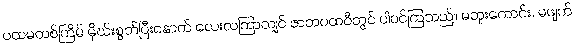
ပထမတစ်ကြိမ် မိုဃ်းစွတ်ပြီးနောက် လေးလကြာလျှင် ဇာတပထဝီတွင် ပါဝင်ကြသည်။ မတူးကောင်း, မဖျက်